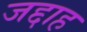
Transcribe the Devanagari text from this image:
जद्दाह